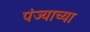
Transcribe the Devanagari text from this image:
पंज्याच्या